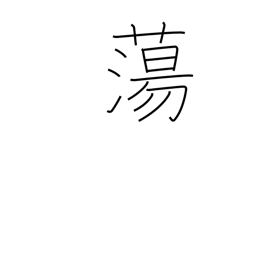
Meaning: melt